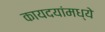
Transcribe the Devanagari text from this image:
कायदयांमध्ये